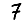
Digit: 7